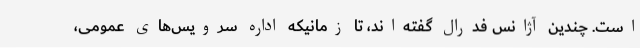
است. چندین آژانس فدرال گفته‌اند، تا زمانیکه اداره سرویس‌های عمومی،